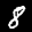
Label: 8